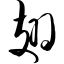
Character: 翅